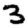
Digit: 3